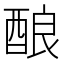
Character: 酿